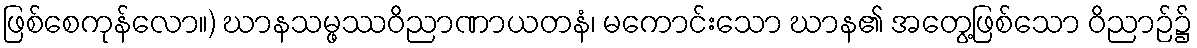
ဖြစ်စေကုန်လော။) ဃာနသမ္ဖဿဝိညာဏာယတနံ၊ မကောင်းသော ဃာန၏ အတွေ့ဖြစ်သော ဝိညာဉ်၌